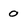
Character: 0